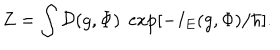
LaTeX: Z = \int { \cal D } ( g , \Phi ) \; \exp [ - I _ { E } ( g , \Phi ) / \hbar ] .